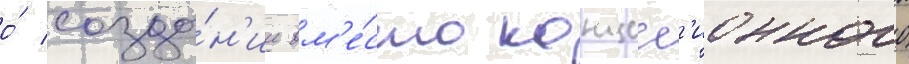
о́ созда́н'ии вм'е́сто концесс'ионного